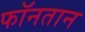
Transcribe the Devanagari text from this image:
फॉनतान